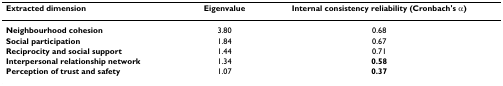
| Extracted dimension | Eigenvalue | Internal consistency reliability (Cronbach's α) |
 | --- | --- | --- |
 | Neighbourhood cohesion | 3.80 | 0.68 |
 | Social participation | 1.84 | 0.67 |
 | Reciprocity and social support | 1.44 | 0.71 |
 | Interpersonal relationship network | 1.34 | 0.58 |
 | Perception of trust and safety | 1.07 | 0.37 |